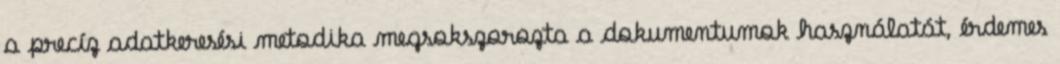
a precíz adatkeresési metodika megsokszorozta a dokumentumok használatát, érdemes